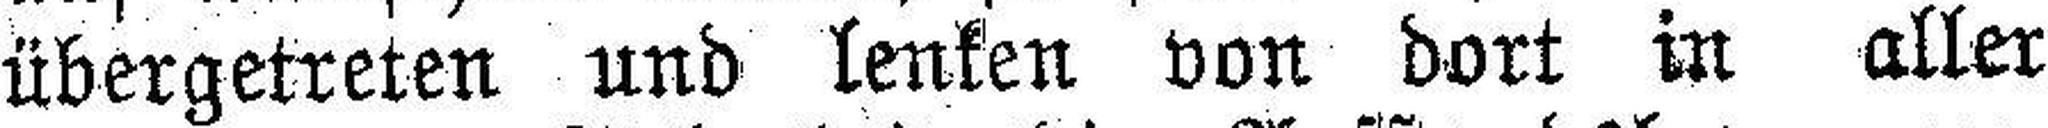
übergetreten und lenken von dort in aller